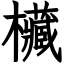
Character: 欌